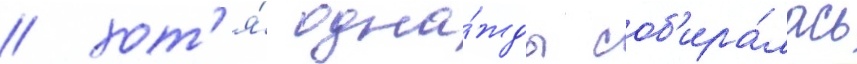
/ хот'я́ одна́жды соб'ира́лась